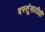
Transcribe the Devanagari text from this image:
वस्तूंसाठीही